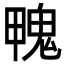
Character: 𩲣